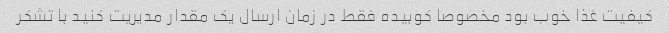
کیفیت غذا خوب بود مخصوصا کوبیده فقط در زمان ارسال یک مقدار مدیریت کنید با تشکر